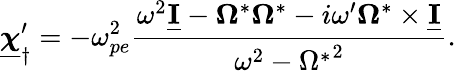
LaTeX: \underline{{\boldsymbol\chi}}_{\dagger}^{\prime}=-\omega_{pe}^{2}\frac{\omega^{2}\underline{{\mathbf I}}-\boldsymbol\Omega^{*}\boldsymbol\Omega^{*}-i\omega^{\prime}\boldsymbol\Omega^{*}\times\underline{{\mathbf I}}}{\omega^{2}-{\Omega^{*}}^{2}}.